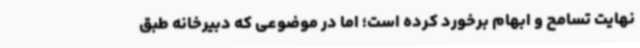
نهایت تسامح و ابهام برخورد کرده است؛ اما در موضوعی که دبیرخانه طبق